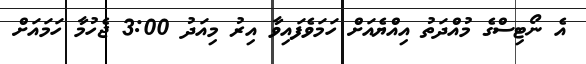
އެ ނޯޓިސްގެ މުއްދަތު އިއްޔެއަށް ހަމަވެފައިވާ އިރު މިއަދު 3:00 ޖެހުމާ ހަމައަށް